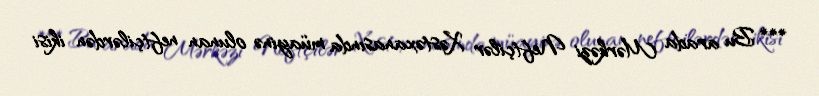
*** Bu arada Mərkəzi Neftçilər Xəstəxanasında müayinə olunan neftçilərdən ikisi